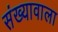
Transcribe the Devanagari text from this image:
संख्यावाला